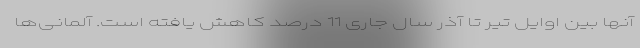
آنها بین اوایل تیر تا آذر سال جاری 11 درصد کاهش یافته است. آلمانی‌ها